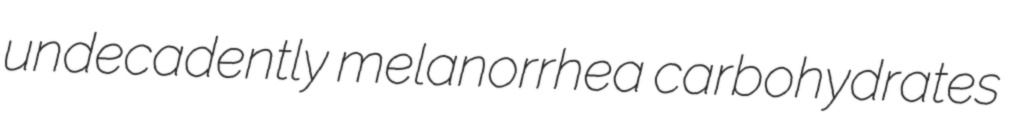
undecadently melanorrhea carbohydrates